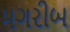
મગરીબ